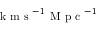
\textrm { k m s } ^ { - 1 } \textrm { M p c } ^ { - 1 }